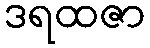
ဒရထဇာ